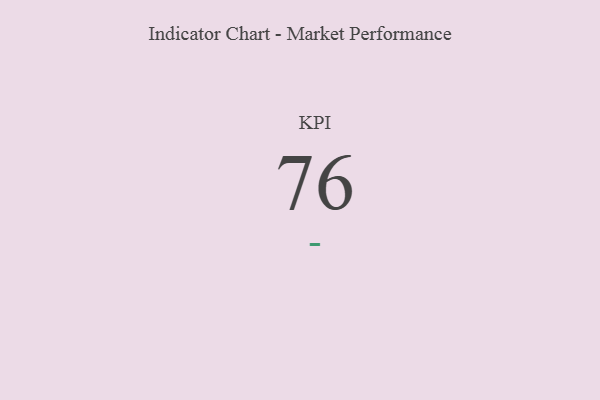
{"axis": {"x": "KPI", "y": "Value"}, "legend": [""], "data": [{"x": "KPI", "y": 76, "type": ""}]}